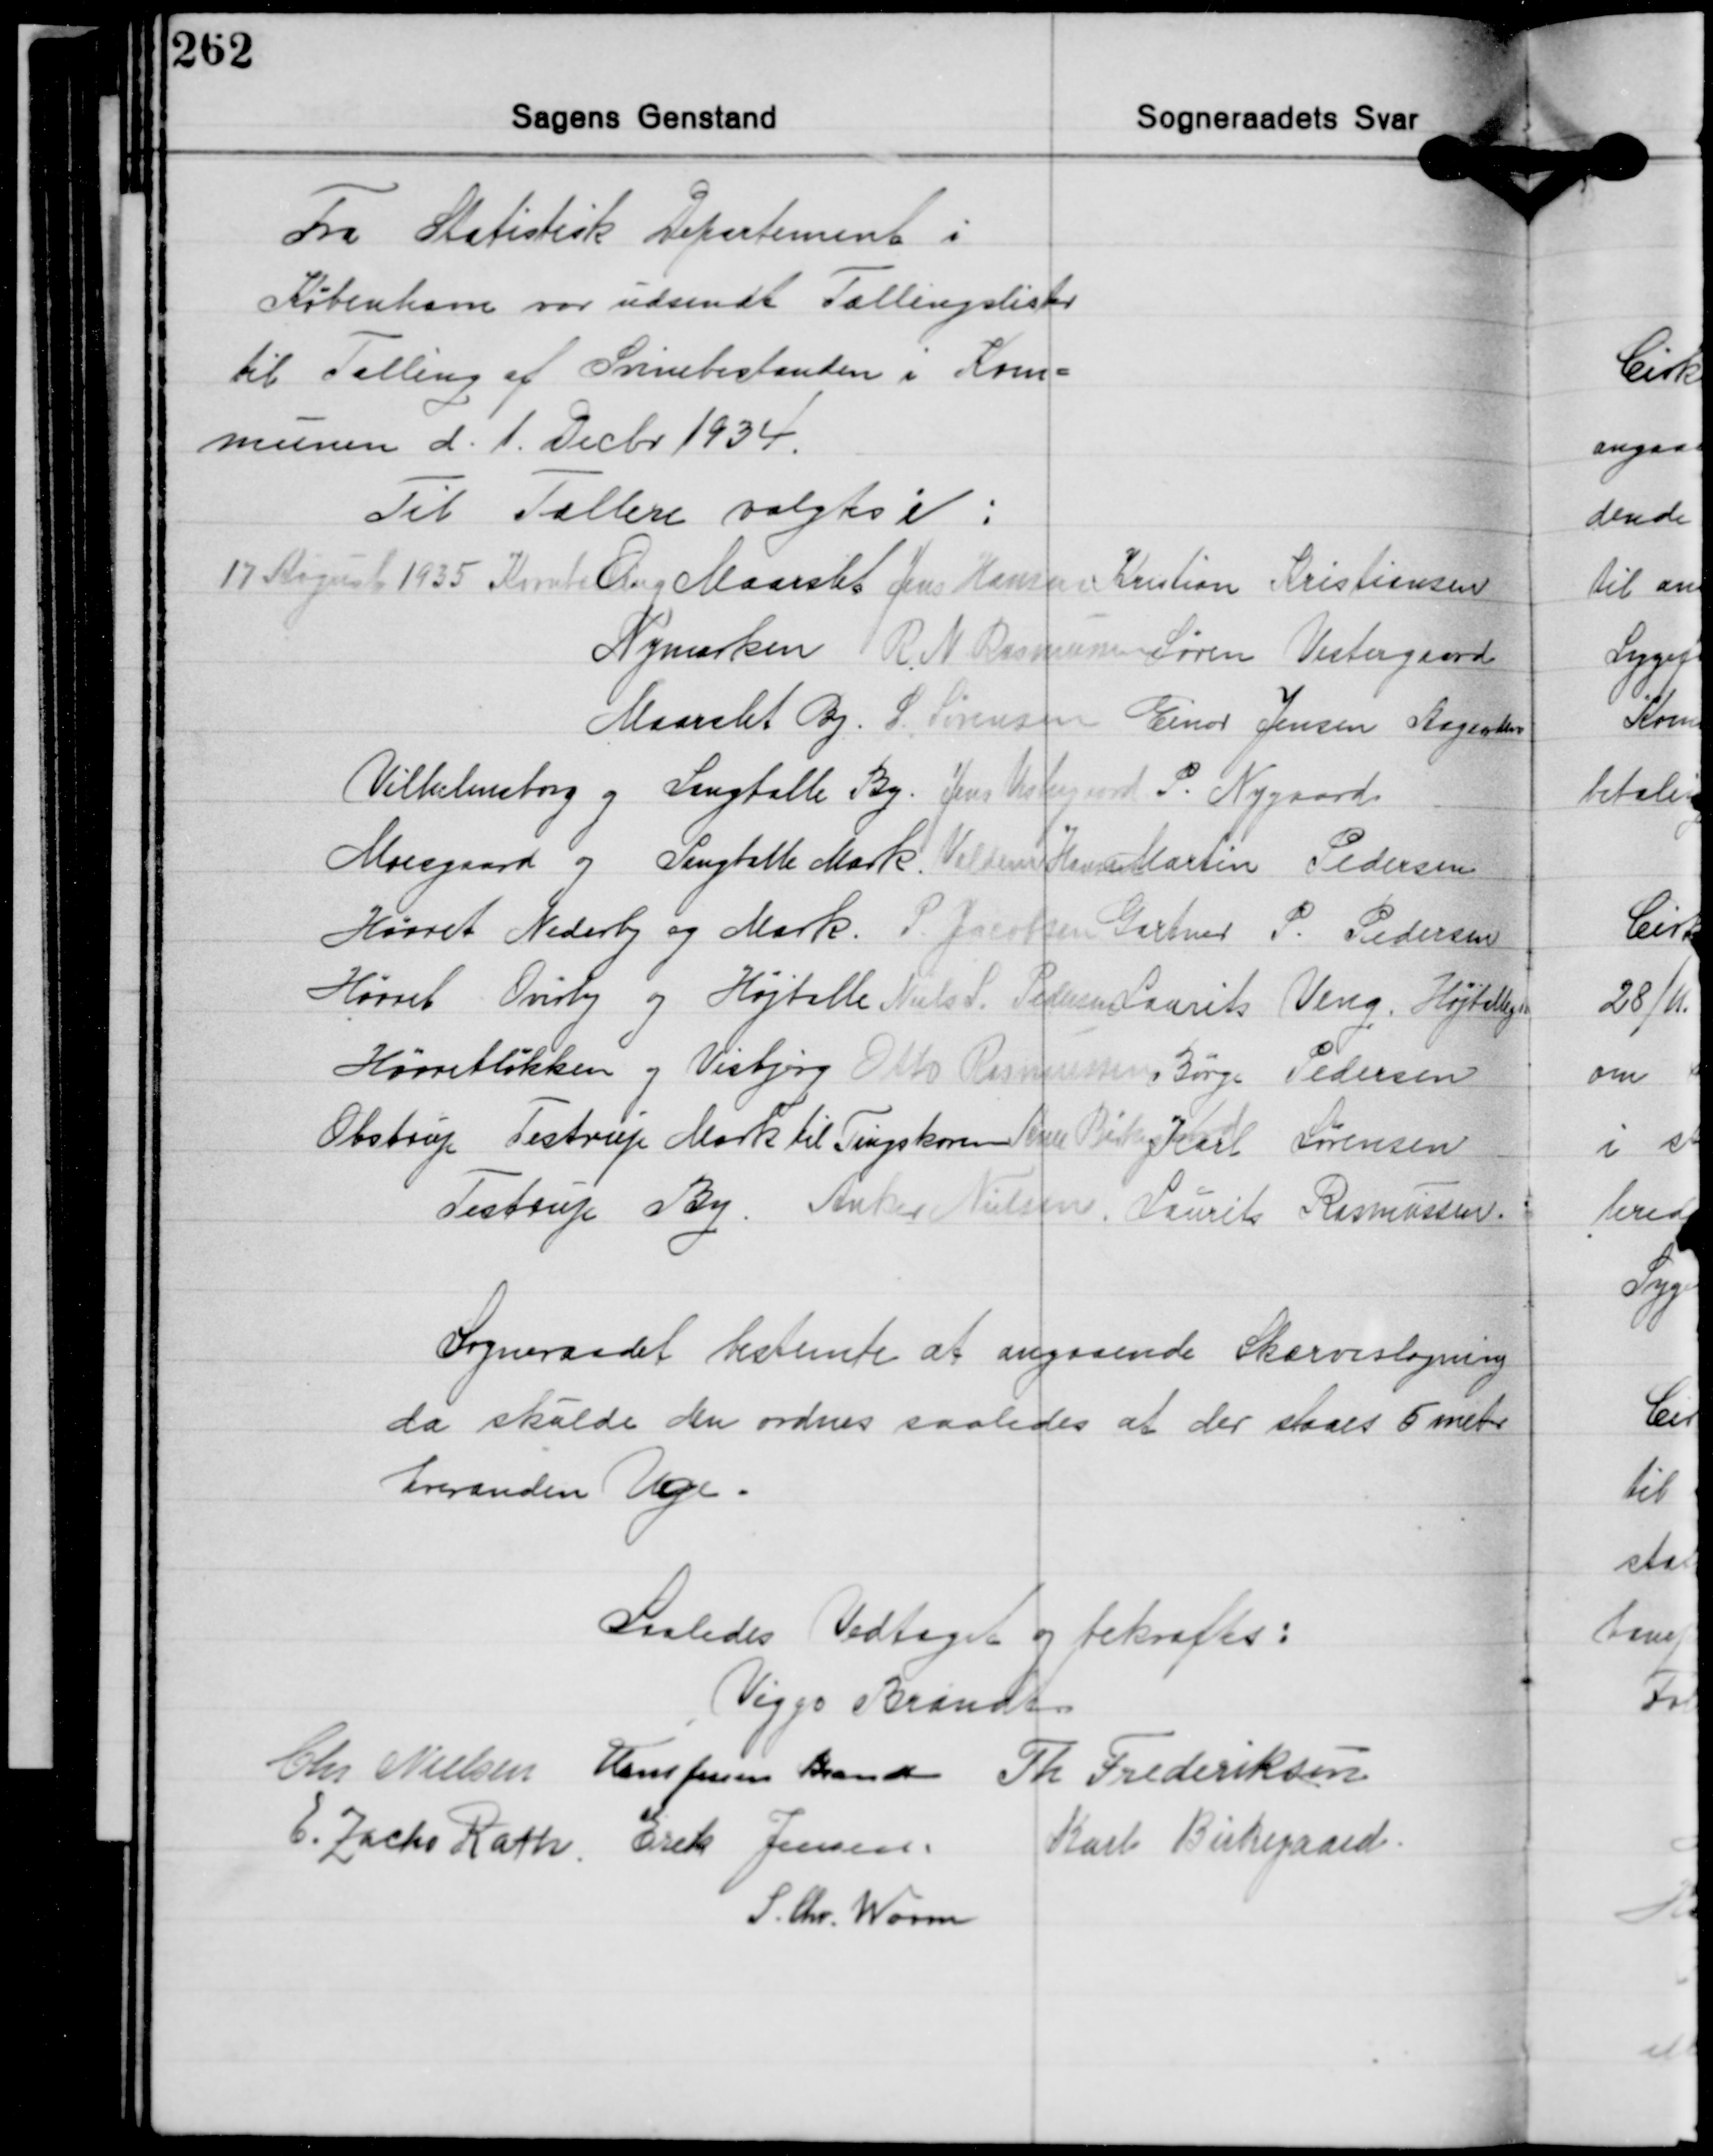
Transskription:
Fra Statistisk Departement i
København var udsendt Tællingslister
til Tælling af Svinebestanden i Kom-
munen d. 1. Decbr. 1934.

Til Tællere valgtes:
17 August 1935 Kmte O. Maarslet Jens Hansen Kristian Kristiansen
Nymarken R. N Rasmussen Søren Vestergaard
Maarslet By S. Sørensen Einar Jensen Aageskov
Vilhelmsborg og Langballe By. Jens Vestergaard P. Nygaard
Moesgaard og Langballe Mark. Villem Hansen Martin Pedersen
Hørret Nederby og Mark. P. Jacobsen Gartner P. Pedersen
Hørret Overby og Højtalle Niels S. Pedersen Laurits Veng. Højballegd.
Hørretløkken og Visbjerg Otto Rasmussen Børge Pedersen
Obstrup Testrup Mark til Tingskoven Arne Birkegaard Karl Sørensen
Testrup By. Anker Nielsen, Laurits Rasmussen
Sogneraadet bestemte at angaaende Skærveslagning
da skulde den ordnes saaledes at der slaaes r meter
hveranden Uge.

Saaledes Vedtaget og bekræftes:
Viggo Brandt
Chr. Nielsen Hans Jessen Brandt Th. Frederiksen
E. Zacho Rath Erik Jensen Karl Birkegaard
S. Chr. Worm